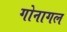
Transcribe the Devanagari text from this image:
गोनागल